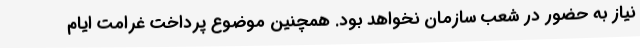
نیاز به حضور در شعب سازمان نخواهد بود. همچنین موضوع پرداخت غرامت ایام